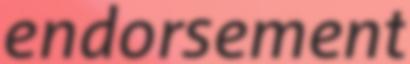
endorsement